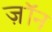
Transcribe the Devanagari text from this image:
ज़ॉन